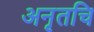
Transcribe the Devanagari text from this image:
अनृतचि